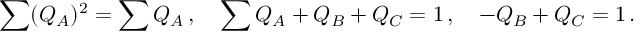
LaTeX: \sum ( Q _ { A } ) ^ { 2 } = \sum Q _ { A } \, , \quad \sum Q _ { A } + Q _ { B } + Q _ { C } = 1 \, , \quad - Q _ { B } + Q _ { C } = 1 \, .